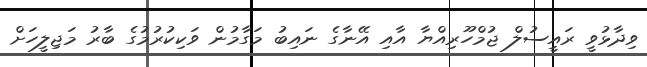
ވިދާޅުވީ ރައީސުލް ޖުމްހޫރިއްޔާ އާއި އޭނާގެ ނައިބު މަގާމުން ވަކިކުރުމުގެ ބާރު މަޖިލީހަށް